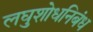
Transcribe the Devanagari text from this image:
लघुशोधनिबंध